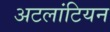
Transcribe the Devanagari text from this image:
अटलांटियन